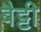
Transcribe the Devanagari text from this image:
बैट्टी